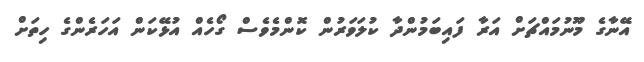
އޭނާގެ މޫނުމައްޗަށް އަރާ ފައިބަމުންދާ ކުލަވަރުން ކޮންމެވެސް ގޯހެއް އުޅޭކަން އަހަރެންގެ ހިތަށް